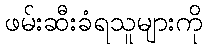
ဖမ်းဆီးခံရသူများကို